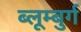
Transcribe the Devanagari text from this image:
ब्लूम्बुर्ग